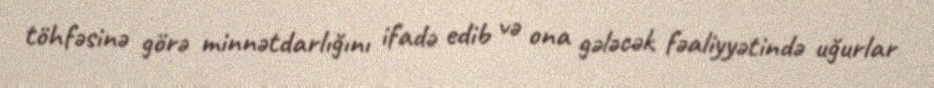
töhfəsinə görə minnətdarlığını ifadə edib və ona gələcək fəaliyyətində uğurlar